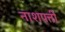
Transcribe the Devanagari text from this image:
नाशपत्ती